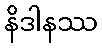
နိဒါနဿ